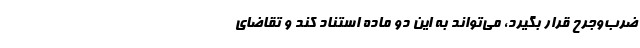
ضرب‌و‌جرح قرار بگیرد، می‌تواند به این دو ماده استناد کند و تقاضای